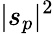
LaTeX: |s_{p}|^{2}